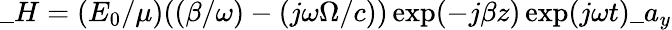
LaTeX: \_ H=(E_{0}/\mu)((\beta/\omega)-(j\omega\Omega/c))\exp(-j\beta z)\exp(j\omega t)\_ a_{y}